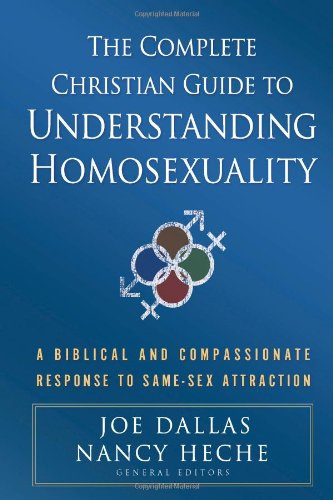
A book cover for The Complete Christian Guide to Understanding Homosexuality: A Biblical and Compassionate Response to Same-Sex Attraction; Religion & Spirituality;